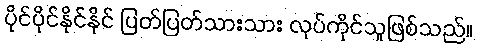
ပိုင်ပိုင်နိုင်နိုင် ပြတ်ပြတ်သားသား လုပ်ကိုင်သူဖြစ်သည်။